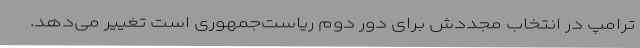
ترامپ در انتخاب مجددش برای دور دوم ریاست‌جمهوری است تغییر می‌دهد.